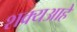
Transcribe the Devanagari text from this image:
शक्यआहे